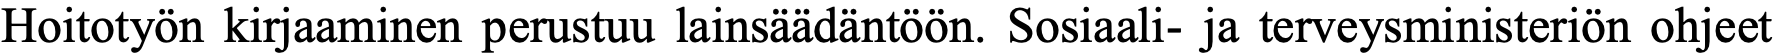
Hoitotyön kirjaaminen perustuu lainsäädäntöön. Sosiaali- ja terveysministeriön ohjeet